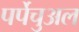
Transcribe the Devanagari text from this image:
पर्पेचुअल